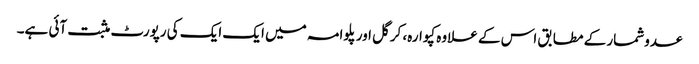
عدوشمار کے مطابق اس کے علاوہ کپوارہ، کرگل اور پلوامہ میں ایک ایک کی رپورٹ مثبت آئی ہے۔